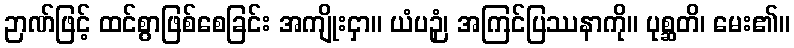
ဉာဏ်ဖြင့် ထင်စွာဖြစ်စေခြင်း အကျိုးငှာ။ ယံပဉှံ၊ အကြင်ပြဿနာကို။ ပုစ္ဆတိ၊ မေး၏။